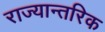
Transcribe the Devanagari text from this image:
राज्यान्तरिक